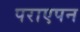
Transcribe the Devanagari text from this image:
पराएपन